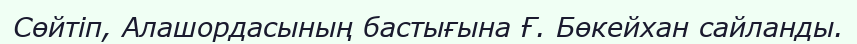
Сөйтіп, Алашордасының бастығына Ғ. Бөкейхан сайланды.